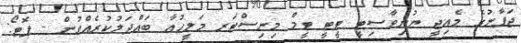
ޖަޕާނުގެ މެއިޖީ ޔުނިވާސިޓީ ޓީޓީ ޓީމް މިނިސްޓަރ މަލީހުއާ ބައްދަލުކުރެއްވުން - ފޮޓޯ: